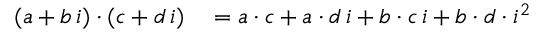
\begin{array} { r l } { ( a + b \, i ) \cdot ( c + d \, i ) } & { { } = a \cdot c + a \cdot d \, i + b \cdot c \, i + b \cdot d \cdot i ^ { 2 } } \end{array}